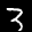
Label: 3